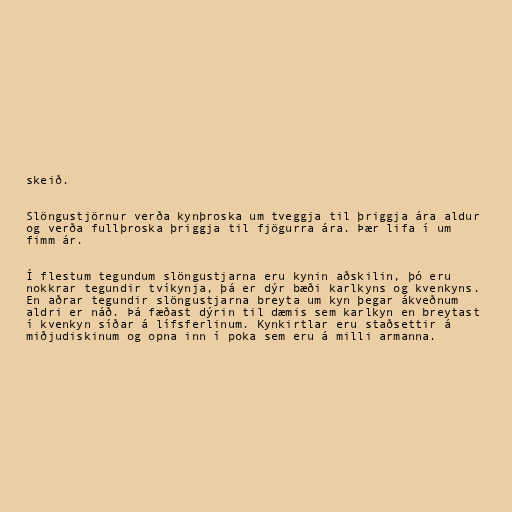
skeið.

Slöngustjörnur verða kynþroska um tveggja til þriggja ára aldur
og verða fullþroska þriggja til fjögurra ára. Þær lifa í um
fimm ár.

Í flestum tegundum slöngustjarna eru kynin aðskilin, þó eru
nokkrar tegundir tvíkynja, þá er dýr bæði karlkyns og kvenkyns.
En aðrar tegundir slöngustjarna breyta um kyn þegar ákveðnum
aldri er náð. Þá fæðast dýrin til dæmis sem karlkyn en breytast
í kvenkyn síðar á lífsferlinum. Kynkirtlar eru staðsettir á
miðjudiskinum og opna inn í poka sem eru á milli armanna.